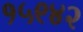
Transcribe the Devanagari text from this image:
१५९४२